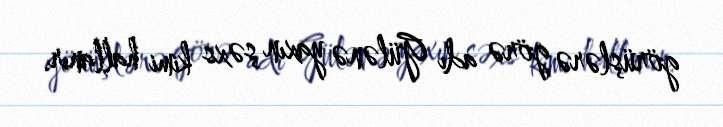
görüşlərə görə adı Gülənə yaxın şəxs kimi hallanır.